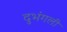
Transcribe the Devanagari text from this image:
दुभंगली